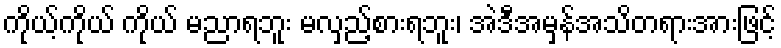
ကိုယ့်ကိုယ် ကိုယ် မညာရဘူး မလှည့်စားရဘူး၊ အဲဒီအမှန်အသိတရားအားဖြင့်